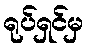
ရုပ်ရှင်မှ